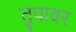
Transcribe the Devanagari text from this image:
तुपावर